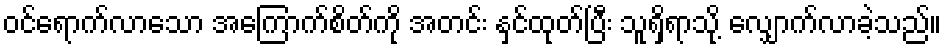
ဝင်ရောက်လာသော အကြောက်စိတ်ကို အတင်း နှင်ထုတ်ပြီး သူရှိရာသို့ လျှောက်လာခဲ့သည်။